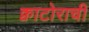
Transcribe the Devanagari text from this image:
क्वाटोराची